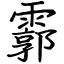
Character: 霩